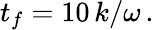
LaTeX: t_{f}=10\, k/\omega\, .